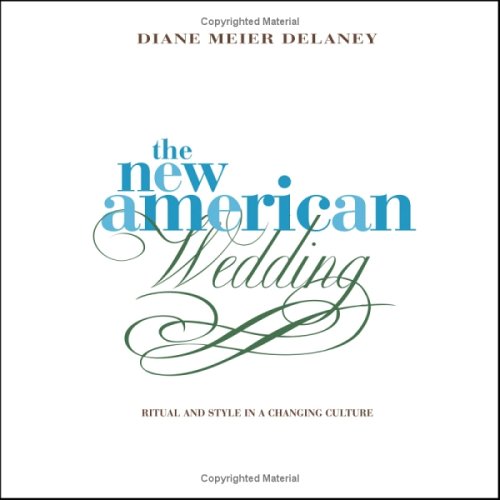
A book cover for The New American Wedding: Ritual and Style in a Changing Culture; Diane Meier Delaney; Crafts, Hobbies & Home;